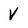
Character: v